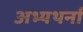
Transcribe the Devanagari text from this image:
अभ्यथर्ना